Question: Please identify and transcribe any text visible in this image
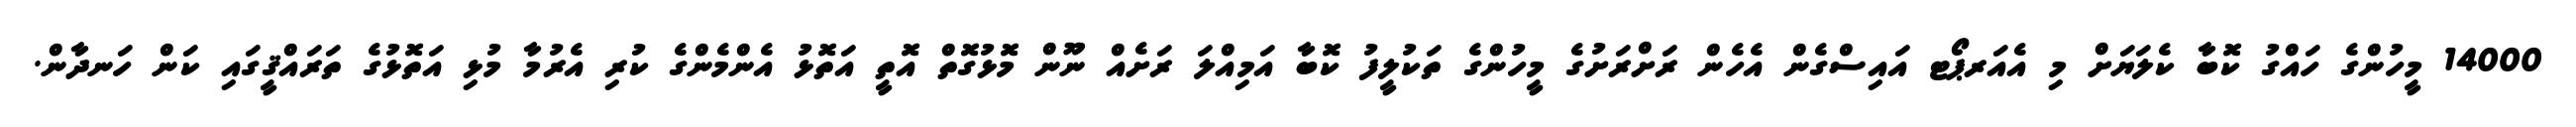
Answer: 14000 މީހުންގެ ހައްގު ކޮބާ ކެލަޔަށް މި އެއަރޕޯޓ އައިސްގެން އެހެން ރަށްރަށުގެ މީހުންގެ ތަކުލީފު ކޮބާ އަމިއްލަ ރަށެއް ނޫން މޮޅުގޮތް އޮތީ އަތޮޅު އެންމެންގެ ކުރި އެރުމާ މުޅި އަތޮޅުގެ ތަރައްޤީގައި ކަން ހަނދާން.